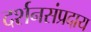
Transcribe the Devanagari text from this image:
दर्शनसंप्रदाय